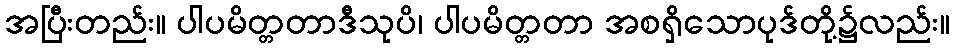
အပြီးတည်း။ ပါပမိတ္တတာဒီသုပိ၊ ပါပမိတ္တတာ အစရှိသောပုဒ်တို့၌လည်း။